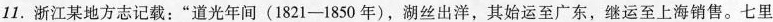
11.浙江某地方志记载：“道光年间(1821-1850年)，湖丝出洋，其始运至广东，继运至上海销售。七里